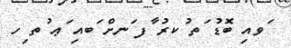
ަވއި ބޮޑު ަތ ުކރު ާފ ަނށް ަބއި ަޢ ުތ ިހ